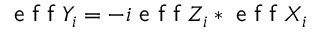
\textsf { e f f } Y _ { i } = - i \textsf { e f f } Z _ { i } * \textsf { e f f } X _ { i }